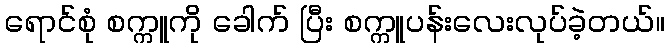
ရောင်စုံ စက္ကူကို ခေါက် ပြီး စက္ကူပန်းလေးလုပ်ခဲ့တယ်။